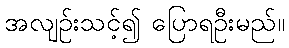
အလျဉ်းသင့်၍ ပြောရဦးမည်။